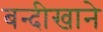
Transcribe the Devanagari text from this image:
बन्दीखाने